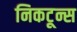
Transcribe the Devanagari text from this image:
निकटून्स